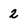
Character: 2